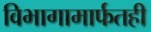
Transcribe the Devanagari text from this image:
विभागामार्फतही